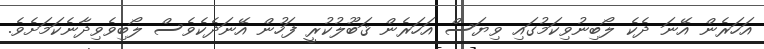
އަހަރެން އޭނަ ދެކެ ލޯބިނުވިކަމުގައި ވިޔަސް އަހަރެން ޤަބޫލުކުރީ ފަހުން އޭނަދެކެވެސް ލޯބިވެވިދާނެކަމަށެވެ.